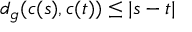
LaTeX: d _ { g } ( c ( s ) , c ( t ) ) \leq | s - t |